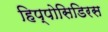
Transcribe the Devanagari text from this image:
हिप्पोसिडिरस